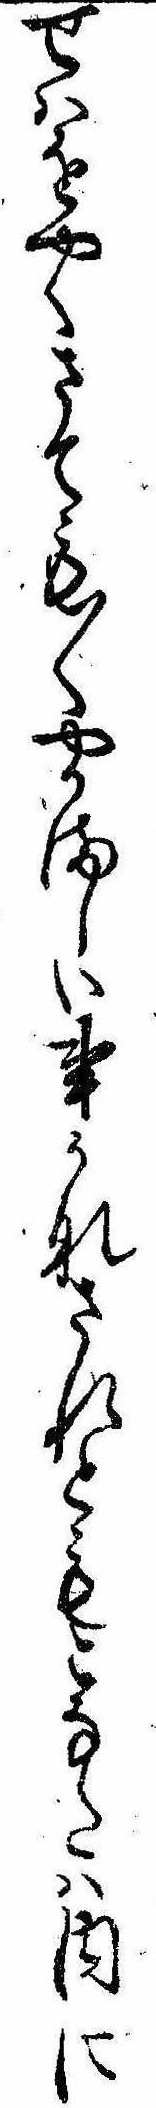
せはをやくさても〱やかましい事かなされともこなたは内に